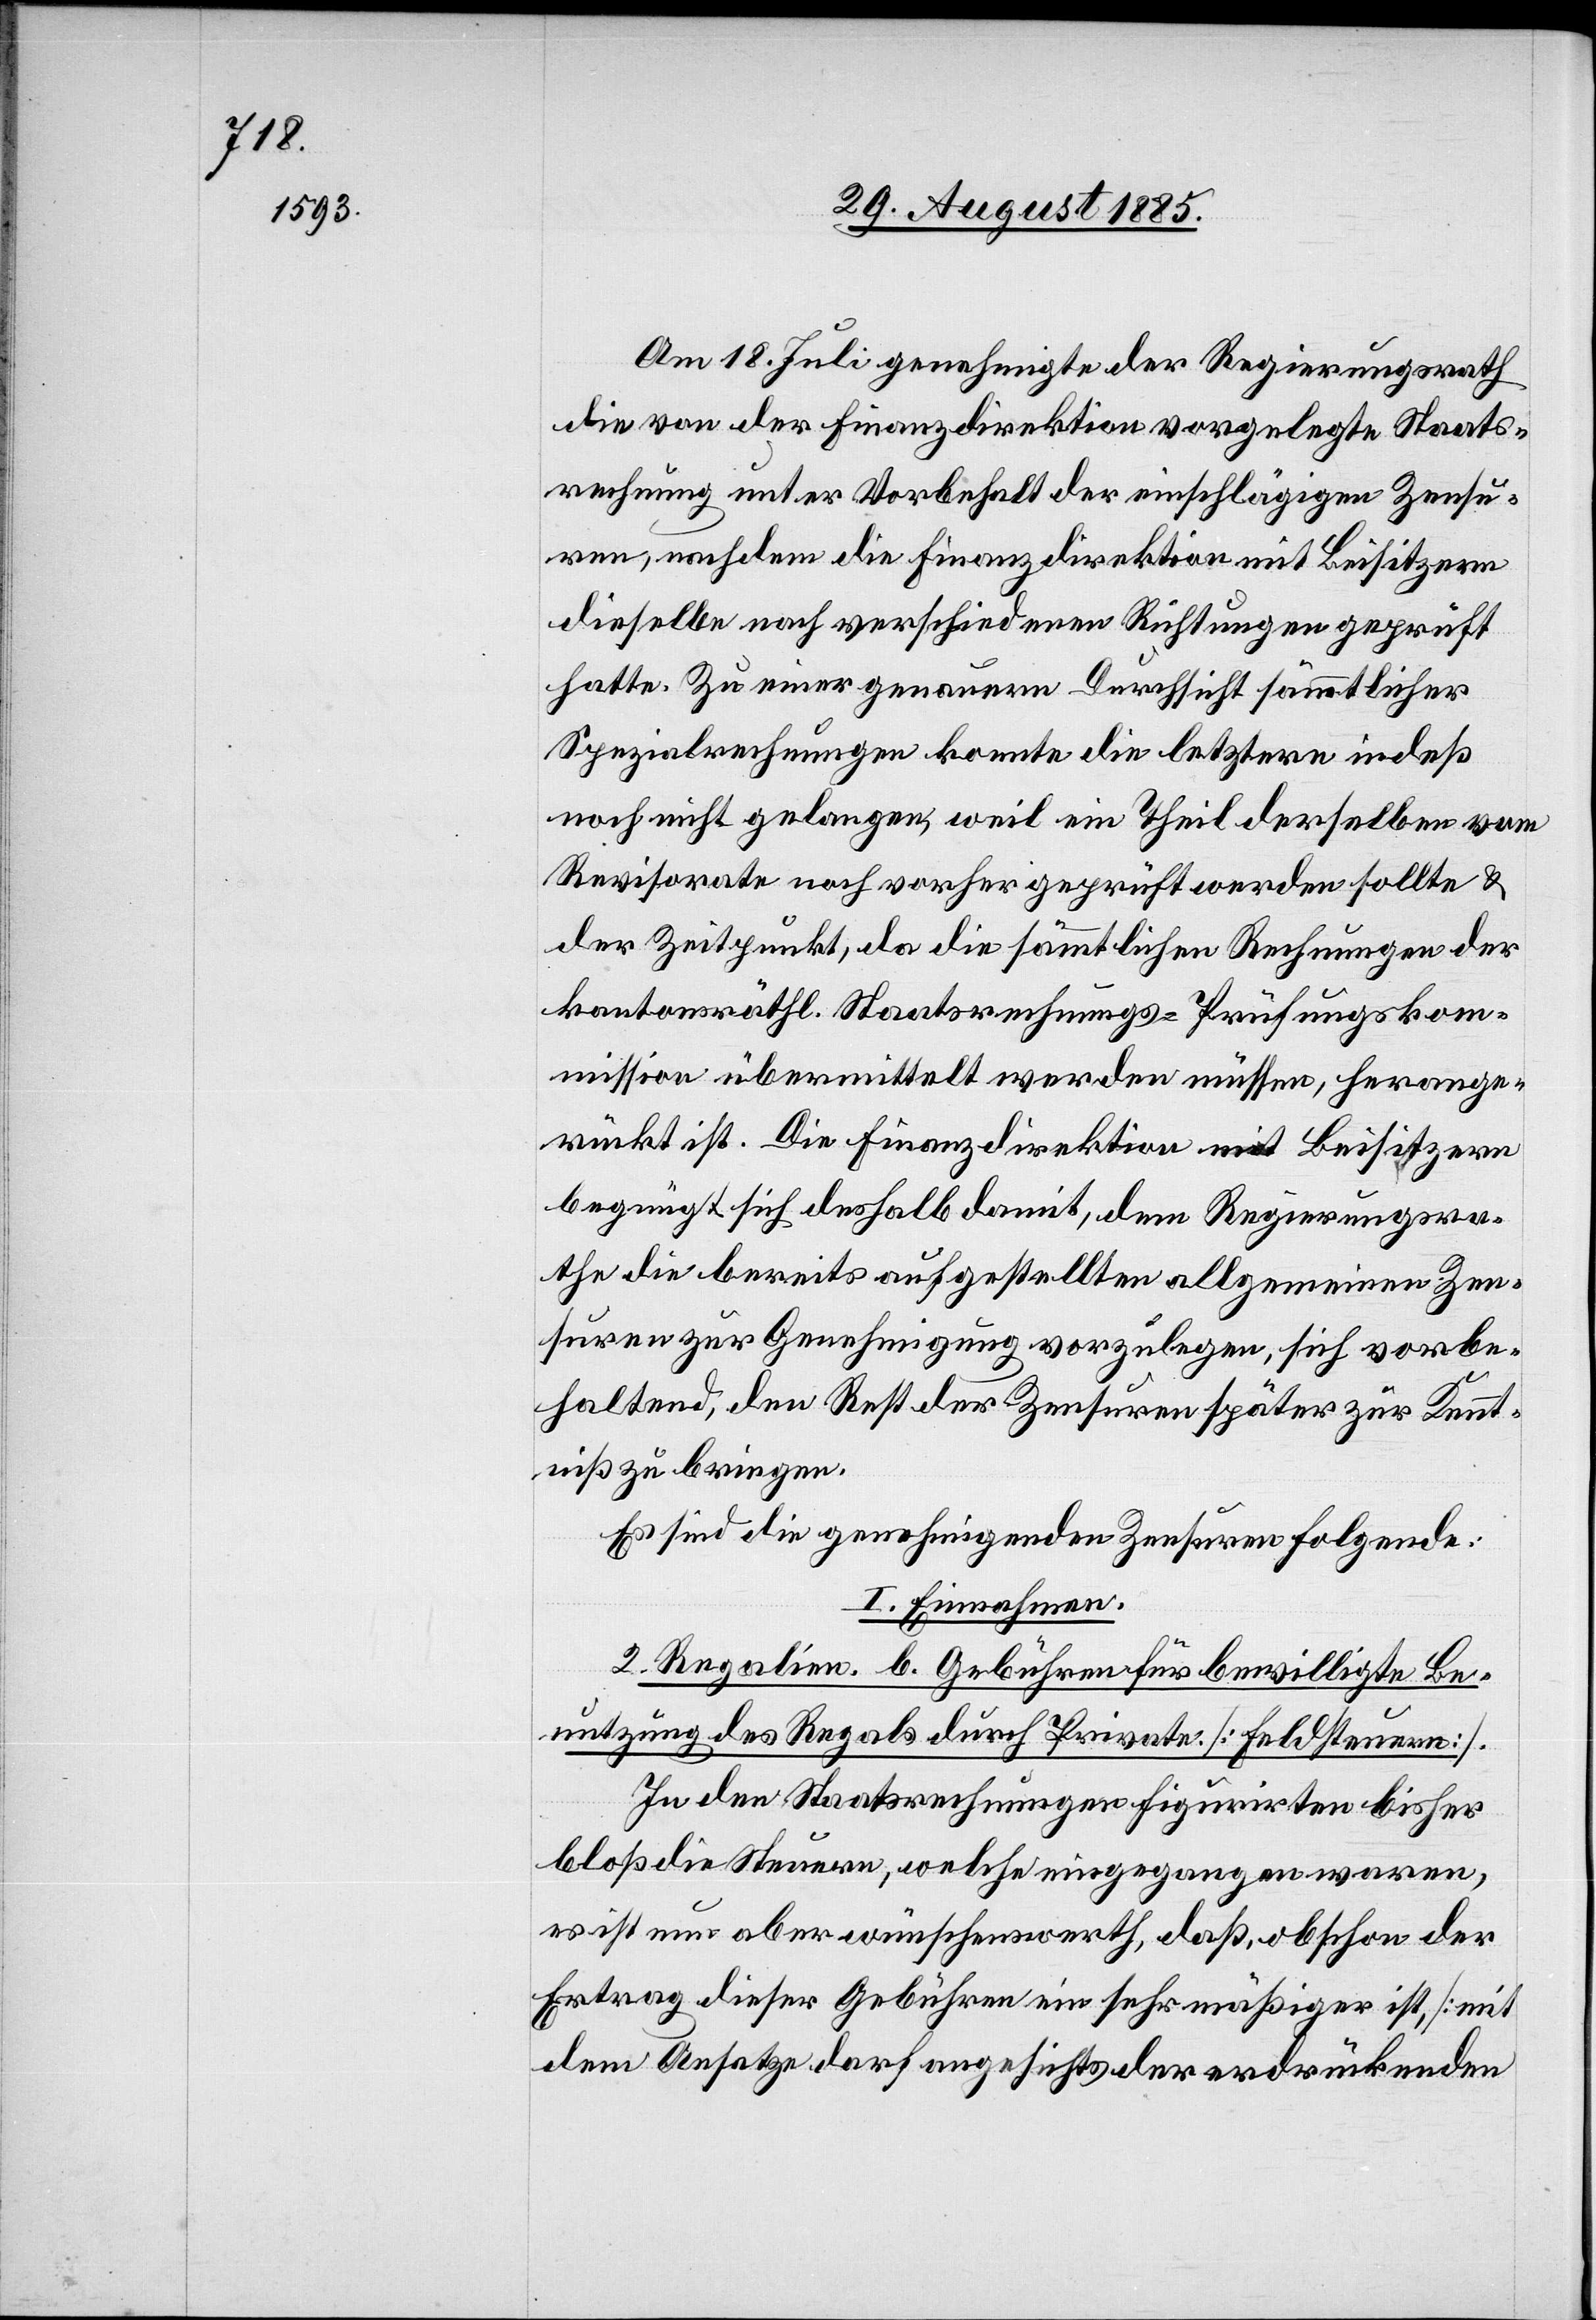
Am 18. Juli genehmigte der Regierungsrath
die von der Finanzdirektion vorgelegte Staats¬
rechnung unter Vorbehalt der einschlägigen Zensu¬
ren, nachdem die Finanzdirektion mit Beisitzern
dieselbe nach verschiedenen Richtungen geprüft
hatte. Zu einer genauern Durchsicht sämmtlicher
Spezialrechnungen konnte die letztere indeß
noch nicht gelangen, weil ein Theil derselben vom
Revisorate noch vorher geprüft werden sollte &
der Zeitpunkt, da die sämmtlichen Rechnungen der
kantonsräthl. Staatsrechnungs-Prüfungskom¬
mission übermittelt werden müssen, herange¬
rückt ist. Die Finanzdirektion mit Beisitzern
begnügt sich deshalb damit, dem Regierungsra¬
the die bereits aufgestellten allgemeinen Zen¬
suren zur Genehmigung vorzulegen, sich vorbe¬
haltend, den Rest der Zensuren später zur Kennt¬
niß zu bringen.
Es sind die genehmigenden Zensuren folgende:
I. Einnahmen.
2. Regalien. b. Gebühren für bewilligte Be¬
nutzung des Regals durch Private [Feldsteuern].
In den Staatsrechnungen figurirten bisher
bloß die Steuern, welche eingegangen waren,
es ist nun aber wünschenswerth, daß, obschon der
Ertrag dieser Gebühren ein sehr mäßiger ist, [mit
dem Ansatze darf angesichts der erdrückenden